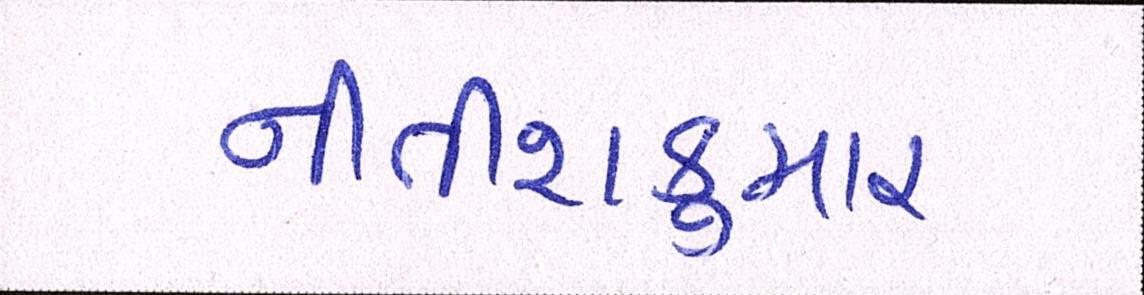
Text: નીતીશકુમાર